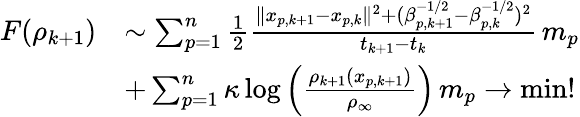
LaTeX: \begin{array}{rl}{F(\rho_{k+1})}&{\sim\sum_{p=1}^{n}\frac{1}{2}\frac{\| x_{p,k+1}-x_{p,k}\| ^{2}+(\beta_{p,k+1}^{-1/2}-\beta_{p,k}^{-1/2})^{2}}{t_{k+1}-t_{k}}\, m_{p}}\\ &{+\sum_{p=1}^{n}\kappa\log\Big(\frac{\rho_{k+1}(x_{p,k+1})}{\rho_{\infty}}\Big)\, m_{p}\to\operatorname*{min}!}\end{array}